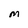
Character: M